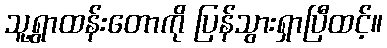
သူ့ရွာထန်းတောကို ပြန်သွားရှာပြီထင့်။